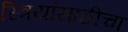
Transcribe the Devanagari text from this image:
स्त्रियांसाठीचा